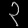
Digit: ၃